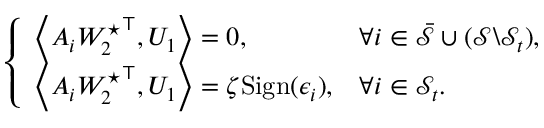
\begin{array} { r } { \left\{ \begin{array} { l l } { \left\langle A _ { i } { W _ { 2 } ^ { \star } } ^ { \top } , U _ { 1 } \right\rangle = 0 , } & { \forall i \in \bar { \mathcal { S } } \cup ( \mathcal { S } \backslash \mathcal { S } _ { t } ) , } \\ { \left\langle A _ { i } { W _ { 2 } ^ { \star } } ^ { \top } , U _ { 1 } \right\rangle = \zeta \mathrm { S i g n } ( \epsilon _ { i } ) , } & { \forall i \in { \mathcal { S } _ { t } } . } \end{array} \right. } \end{array}